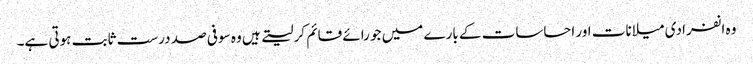
وہ انفرادی میلانات اور احساسات کے بارے میں جو رائے قائم کر لیتے ہیں وہ سو فی صد درست ثابت ہوتی ہے۔